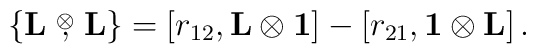
\{ {\rm {\bf L}} \stackrel{\otimes}{,} {\rm {\bf L}} \} =    \left[ r_{12} , {\rm {\bf L}} \otimes {\rm {\bf 1}} \right] -    \left[ r_{21} , {\rm {\bf 1}} \otimes {\rm {\bf L}} \right] .